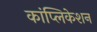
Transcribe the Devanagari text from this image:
कांप्लिकेशन